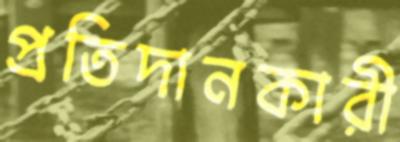
প্রতিদানকারী